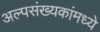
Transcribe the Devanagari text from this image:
अल्पसंख्यकांमध्ये